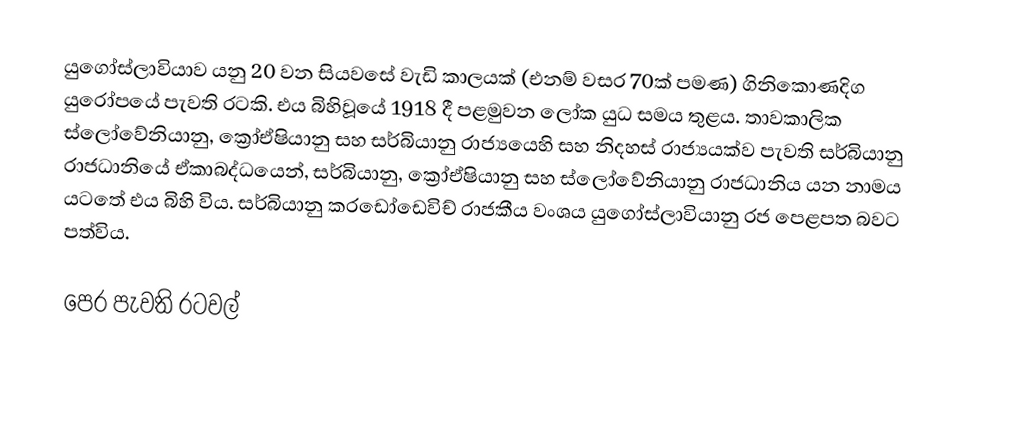
යුගෝස්ලාවියාව යනු 20 වන සියවසේ වැඩි කාලයක් (එනම් වසර 70ක් පමණ) ගිනිකොණදිග යුරෝපයේ පැවති රටකි.  එය බිහිවූයේ 1918 දී පළමුවන ලෝක යුධ සමය තුළය. තාවකාලික ස්ලෝවේනියානු, ක්‍රෝඒෂියානු සහ සර්බියානු රාජ්‍යයෙහි  සහ නිදහස් රාජ්‍යයක්ව පැවති සර්බියානු රාජධානියේ ඒකාබද්ධයෙන්, සර්බියානු, ක්‍රෝඒෂියානු සහ ස්ලෝවේනියානු රාජධානිය යන නාමය යටතේ එය බිහි විය. සර්බියානු කරඩෝඩෙවිච් රාජකීය වංශය යුගෝස්ලාවියානු රජ පෙළපත බවට පත්විය.

පෙර පැවති රටවල්